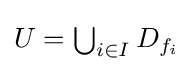
{\textstyle U=\bigcup _{i\in I}D_{f_{i}}}